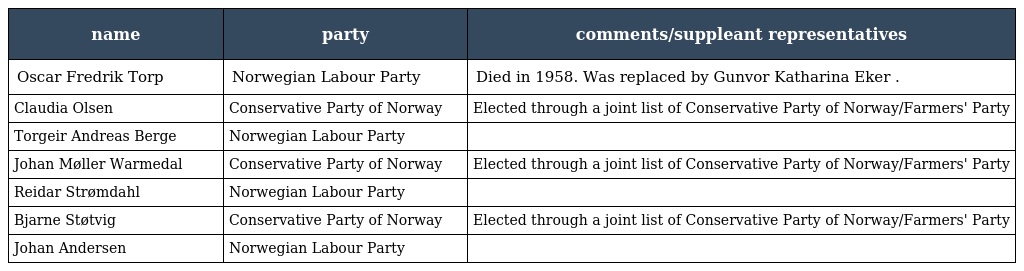
| name | party | comments/suppleant representatives |
 | --- | --- | --- |
 | Oscar Fredrik Torp | Norwegian Labour Party | Died in 1958. Was replaced by Gunvor Katharina Eker . |
 | Claudia Olsen | Conservative Party of Norway | Elected through a joint list of Conservative Party of Norway/Farmers' Party |
 | Torgeir Andreas Berge | Norwegian Labour Party |  |
 | Johan Møller Warmedal | Conservative Party of Norway | Elected through a joint list of Conservative Party of Norway/Farmers' Party |
 | Reidar Strømdahl | Norwegian Labour Party |  |
 | Bjarne Støtvig | Conservative Party of Norway | Elected through a joint list of Conservative Party of Norway/Farmers' Party |
 | Johan Andersen | Norwegian Labour Party |  |